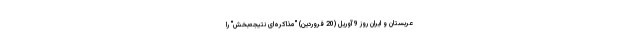
عربستان و ایران روز 9 آوریل (20 فروردین) "مذاکره‌ای نتیجه‌بخش" را